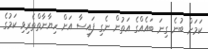
ކަމަށް ބުނެ ގިނަ ބައެއްގެ އަތުން ނެގި ފައިސާ އަށް ހިޔާނާތްތެރިވި ކަމުގެ